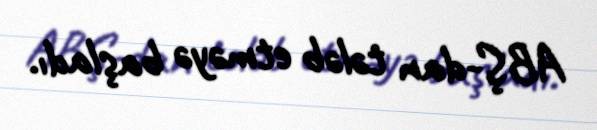
ABŞ-dan tələb etməyə başladı.